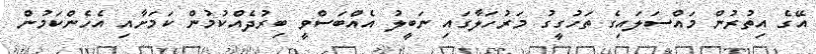
އޭގެ އިތުރުން މައްސަލައިގެ ތަހުގީގު މަރުހަލާގައި ނަބީލު އެއްބަސްވީ ބިރުދެއްކުމުން ކަމަށާއި އެހެންކަމުން